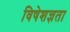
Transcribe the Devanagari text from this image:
विषेशज्ञता